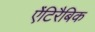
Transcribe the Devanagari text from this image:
ऐंटिरैबिक